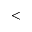
<